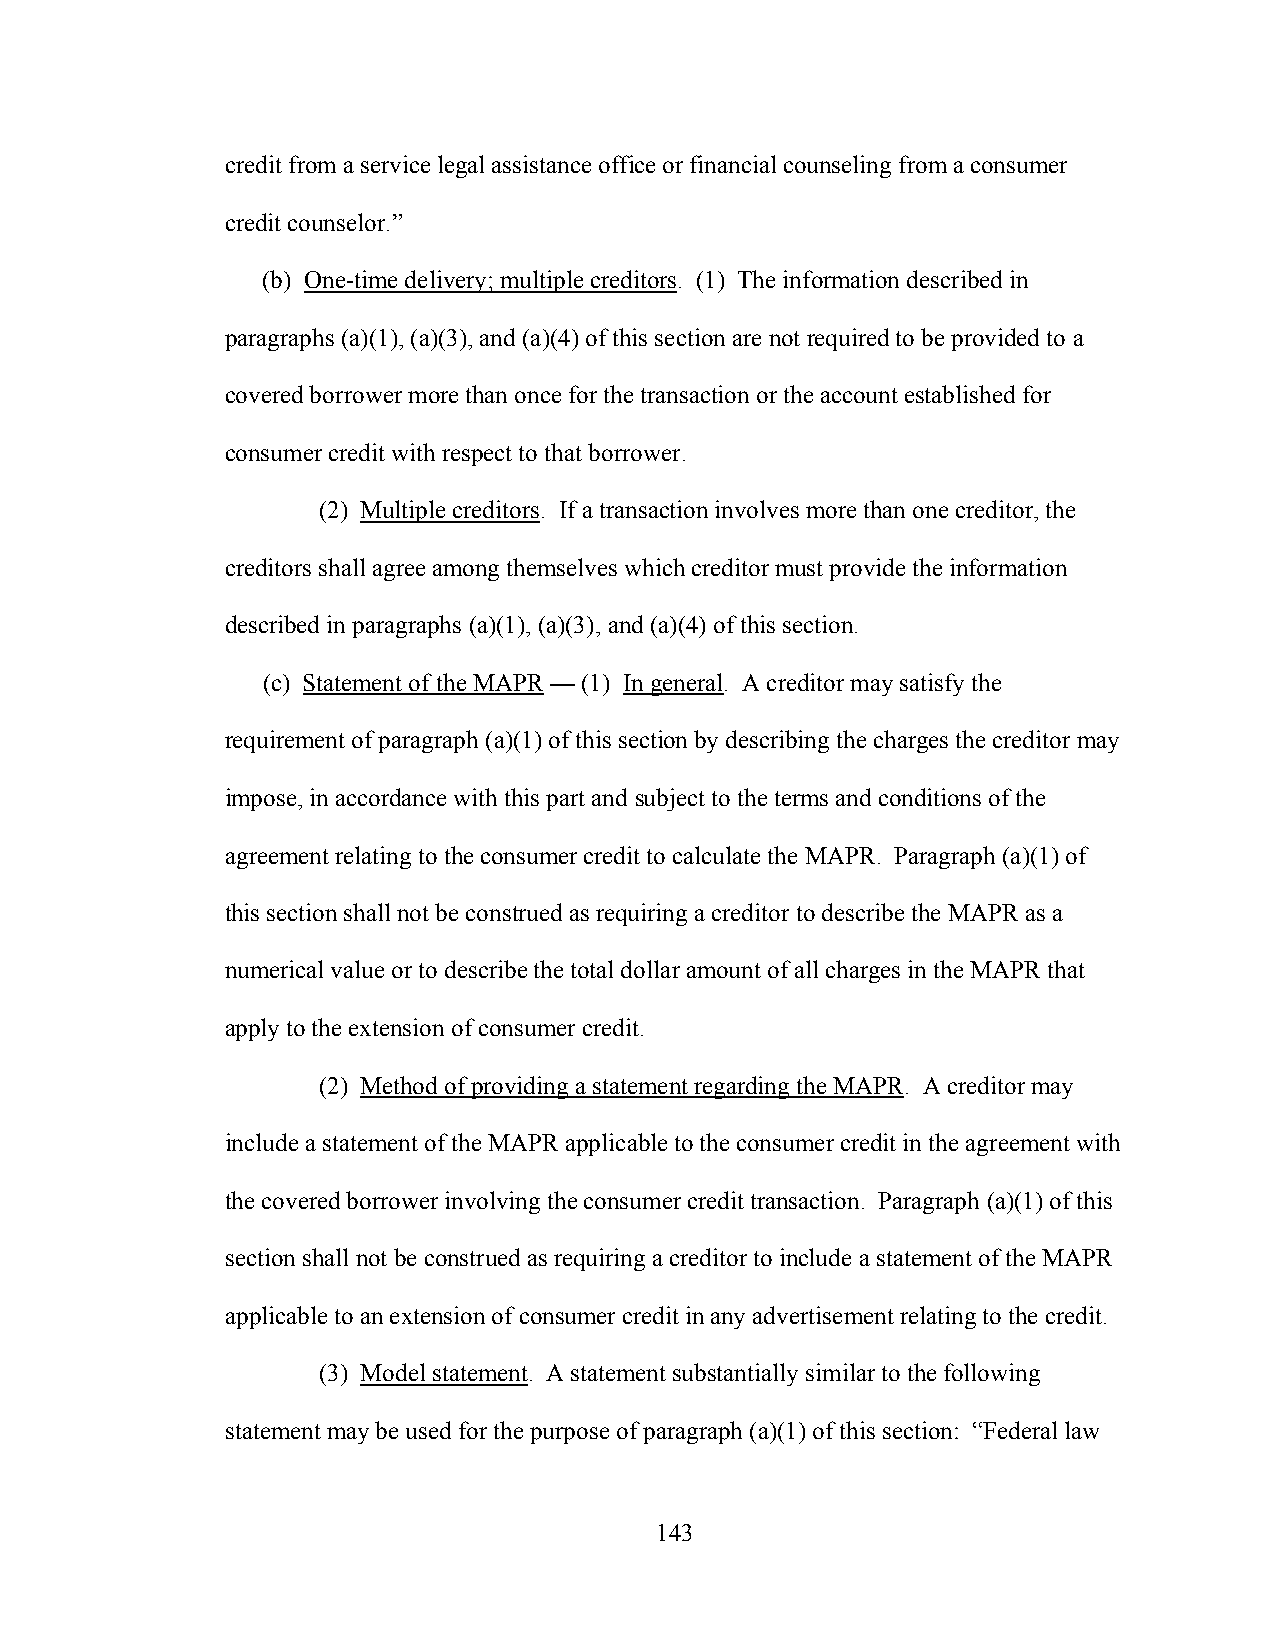
credit from a service legal assistance office or financial counseling from a consumer
 credit counselor.”
 (b) One-time delivery; multiple creditors. (1) The information described in
 paragraphs (a)(1), (a)(3), and (a)(4) of this section are not required to be provided to a
 covered borrower more than once for the transaction or the account established for
 consumer credit with respect to that borrower.
 (2) Multiple creditors. If a transaction involves more than one creditor, the
 creditors shall agree among themselves which creditor must provide the information
 described in paragraphs (a)(1), (a)(3), and (a)(4) of this section.
 (c) Statement of the MAPR — (1) In general. A creditor may satisfy the
 requirement of paragraph (a)(1) of this section by describing the charges the creditor may
 impose, in accordance with this part and subject to the terms and conditions of the
 agreement relating to the consumer credit to calculate the MAPR. Paragraph (a)(1) of
 this section shall not be construed as requiring a creditor to describe the MAPR as a
 numerical value or to describe the total dollar amount of all charges in the MAPR that
 apply to the extension of consumer credit.
 (2) Method of providing a statement regarding the MAPR. A creditor may
 include a statement of the MAPR applicable to the consumer credit in the agreement with
 the covered borrower involving the consumer credit transaction. Paragraph (a)(1) of this
 section shall not be construed as requiring a creditor to include a statement of the MAPR
 applicable to an extension of consumer credit in any advertisement relating to the credit.
 (3) Model statement. A statement substantially similar to the following
 statement may be used for the purpose of paragraph (a)(1) of this section: “Federal law
 143